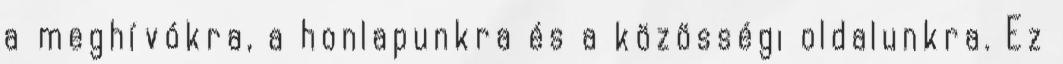
a meghívókra, a honlapunkra és a közösségi oldalunkra. Ez